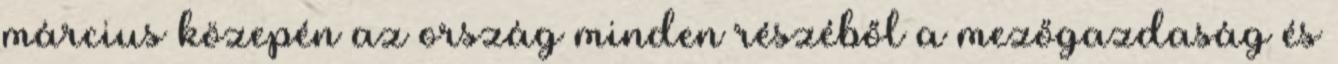
március közepén az ország minden részéből a mezőgazdaság és